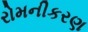
રોમનીકરણ